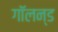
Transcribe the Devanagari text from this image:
गॉलन्ड